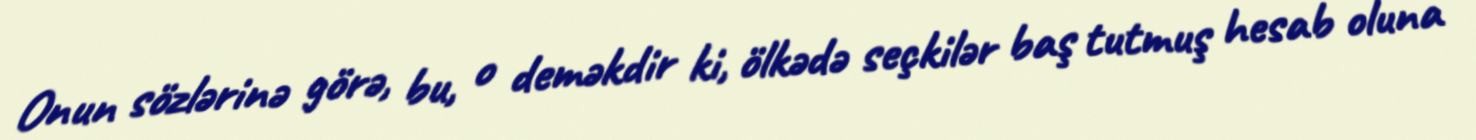
Onun sözlərinə görə, bu, o deməkdir ki, ölkədə seçkilər baş tutmuş hesab oluna